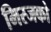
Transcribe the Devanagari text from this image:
मिस्जको